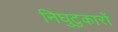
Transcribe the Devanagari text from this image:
निघुटुकारों